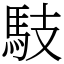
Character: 馶